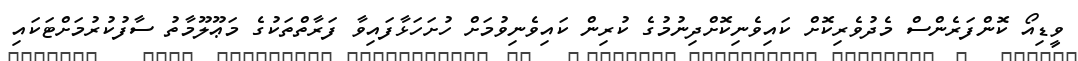
ވީޑިއޯ ކޮންފަރެންސް މެދުވެރިކޮށް ކައިވެނިކޮށްދިނުމުގެ ކުރިން ކައިވެނިވުމަށް ހުށަހަޅާފައިވާ ފަރާތްތަކުގެ މަޢޫލޫމާތު ސާފުކުރުމަށްޓަކައި